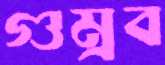
গুম্‌রব